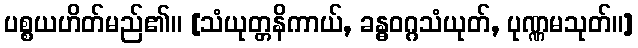
ပစ္စယဟိတ်မည်၏။ [သံယုတ္တနိကာယ်, ခန္ဓဝဂ္ဂသံယုတ်, ပုဏ္ဏမသုတ်။]